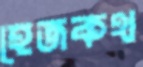
হেজকথ